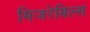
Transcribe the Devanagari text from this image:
मिजरेबिल्स